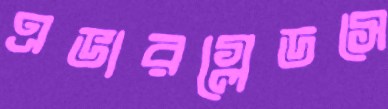
এভারগ্লেডসে